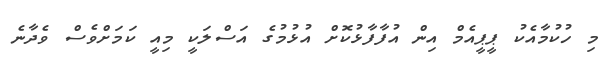
މި ހުކުމާއެކު ޕީޕީއެމް އިން އުފާފާޅުކޮށް އުޅުމުގެ އަސްލަކީ މިއީ ކަމަށްވެސް ވެދާނެ